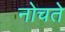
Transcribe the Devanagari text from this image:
नोचते